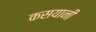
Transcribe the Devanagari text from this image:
कसयानी